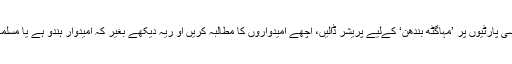
زیادہ بہتر یہ ہوگا کہ علمائے کرام اور مسلم دانشوران سیکولر سیاسی پارٹیوں پر ’مہاگٹھ بندھن‘ کےلیے پریشر ڈالیں، اچھے امیدواروں کا مطالبہ کریں او ریہ دیکھے بغیر کہ امیدوار ہندو ہے یا مسلمان، فرقہ پرستوں کو ہرانے کےلیے اس کی بھر پور حمایت کریں۔